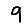
Digit: 9